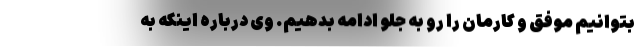
بتوانیم موفق و کارمان را رو به جلو ادامه بدهیم. وی درباره اینکه به